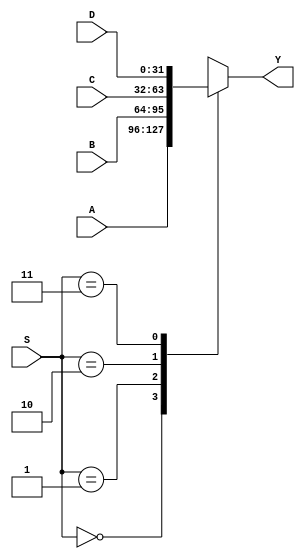
`timescale 1ns / 1ps
//////////////////////////////////////////////////////////////////////////////////
// Company: 
// Engineer: 
// 
// Design Name: 
// Module Name:    Mux32bit4Canales 
// Project Name: 
// Target Devices: 
// Tool versions: 
// Description: 
//
// Dependencies: 
//
// Revision: 
// Revision 0.01 - File Created
// Additional Comments: 
//
//////////////////////////////////////////////////////////////////////////////////
module Mux32bit4Canales(
		input [1:0]S,
		input [31:0]A,B,C,D,
		output reg[31:0]Y
    ); 
	 
	 always@*
	 begin
		case(S)
			2'b00:
				Y=A;
			2'b01:
				Y=B;
			2'b10:
				Y=C;
			2'b11:
				Y=D;
		endcase
	 end


endmodule